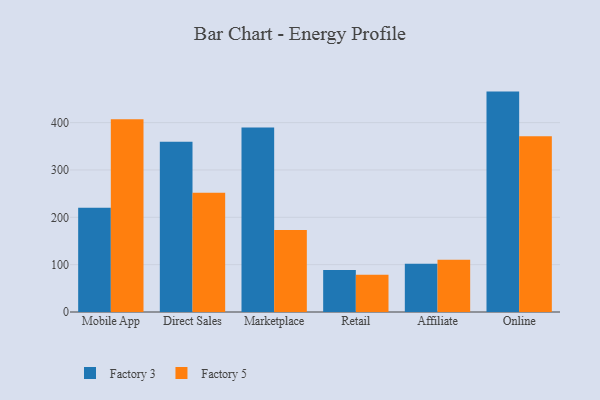
{"axis": {"x": "Channel", "y": "Shipments"}, "legend": ["Factory 3", "Factory 5"], "data": [{"x": "Mobile App", "y": 220.1, "type": "Factory 3"}, {"x": "Mobile App", "y": 407.0, "type": "Factory 5"}, {"x": "Direct Sales", "y": 359.8, "type": "Factory 3"}, {"x": "Direct Sales", "y": 252.0, "type": "Factory 5"}, {"x": "Marketplace", "y": 389.8, "type": "Factory 3"}, {"x": "Marketplace", "y": 173.2, "type": "Factory 5"}, {"x": "Retail", "y": 88.9, "type": "Factory 3"}, {"x": "Retail", "y": 78.8, "type": "Factory 5"}, {"x": "Affiliate", "y": 101.7, "type": "Factory 3"}, {"x": "Affiliate", "y": 110.3, "type": "Factory 5"}, {"x": "Online", "y": 465.5, "type": "Factory 3"}, {"x": "Online", "y": 371.2, "type": "Factory 5"}]}